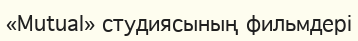
«Mutual» студиясының фильмдері